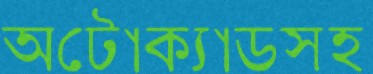
অটোক্যাডসহ